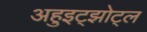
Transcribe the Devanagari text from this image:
अहुइट्झोट्ल